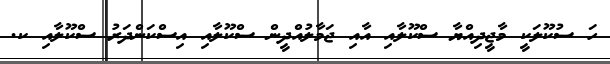
ހަ ސުކޫލަކީ މާޖީދިއްޔާ ސްކޫލާއި އާއި ޖަމާލުއްދީން ސްކޫލާއި އިސްކަންދަރު ސްކޫލާއި ކ.